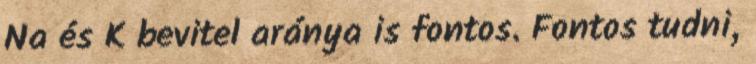
Na és K bevitel aránya is fontos. Fontos tudni,